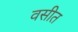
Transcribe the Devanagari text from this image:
वसीत